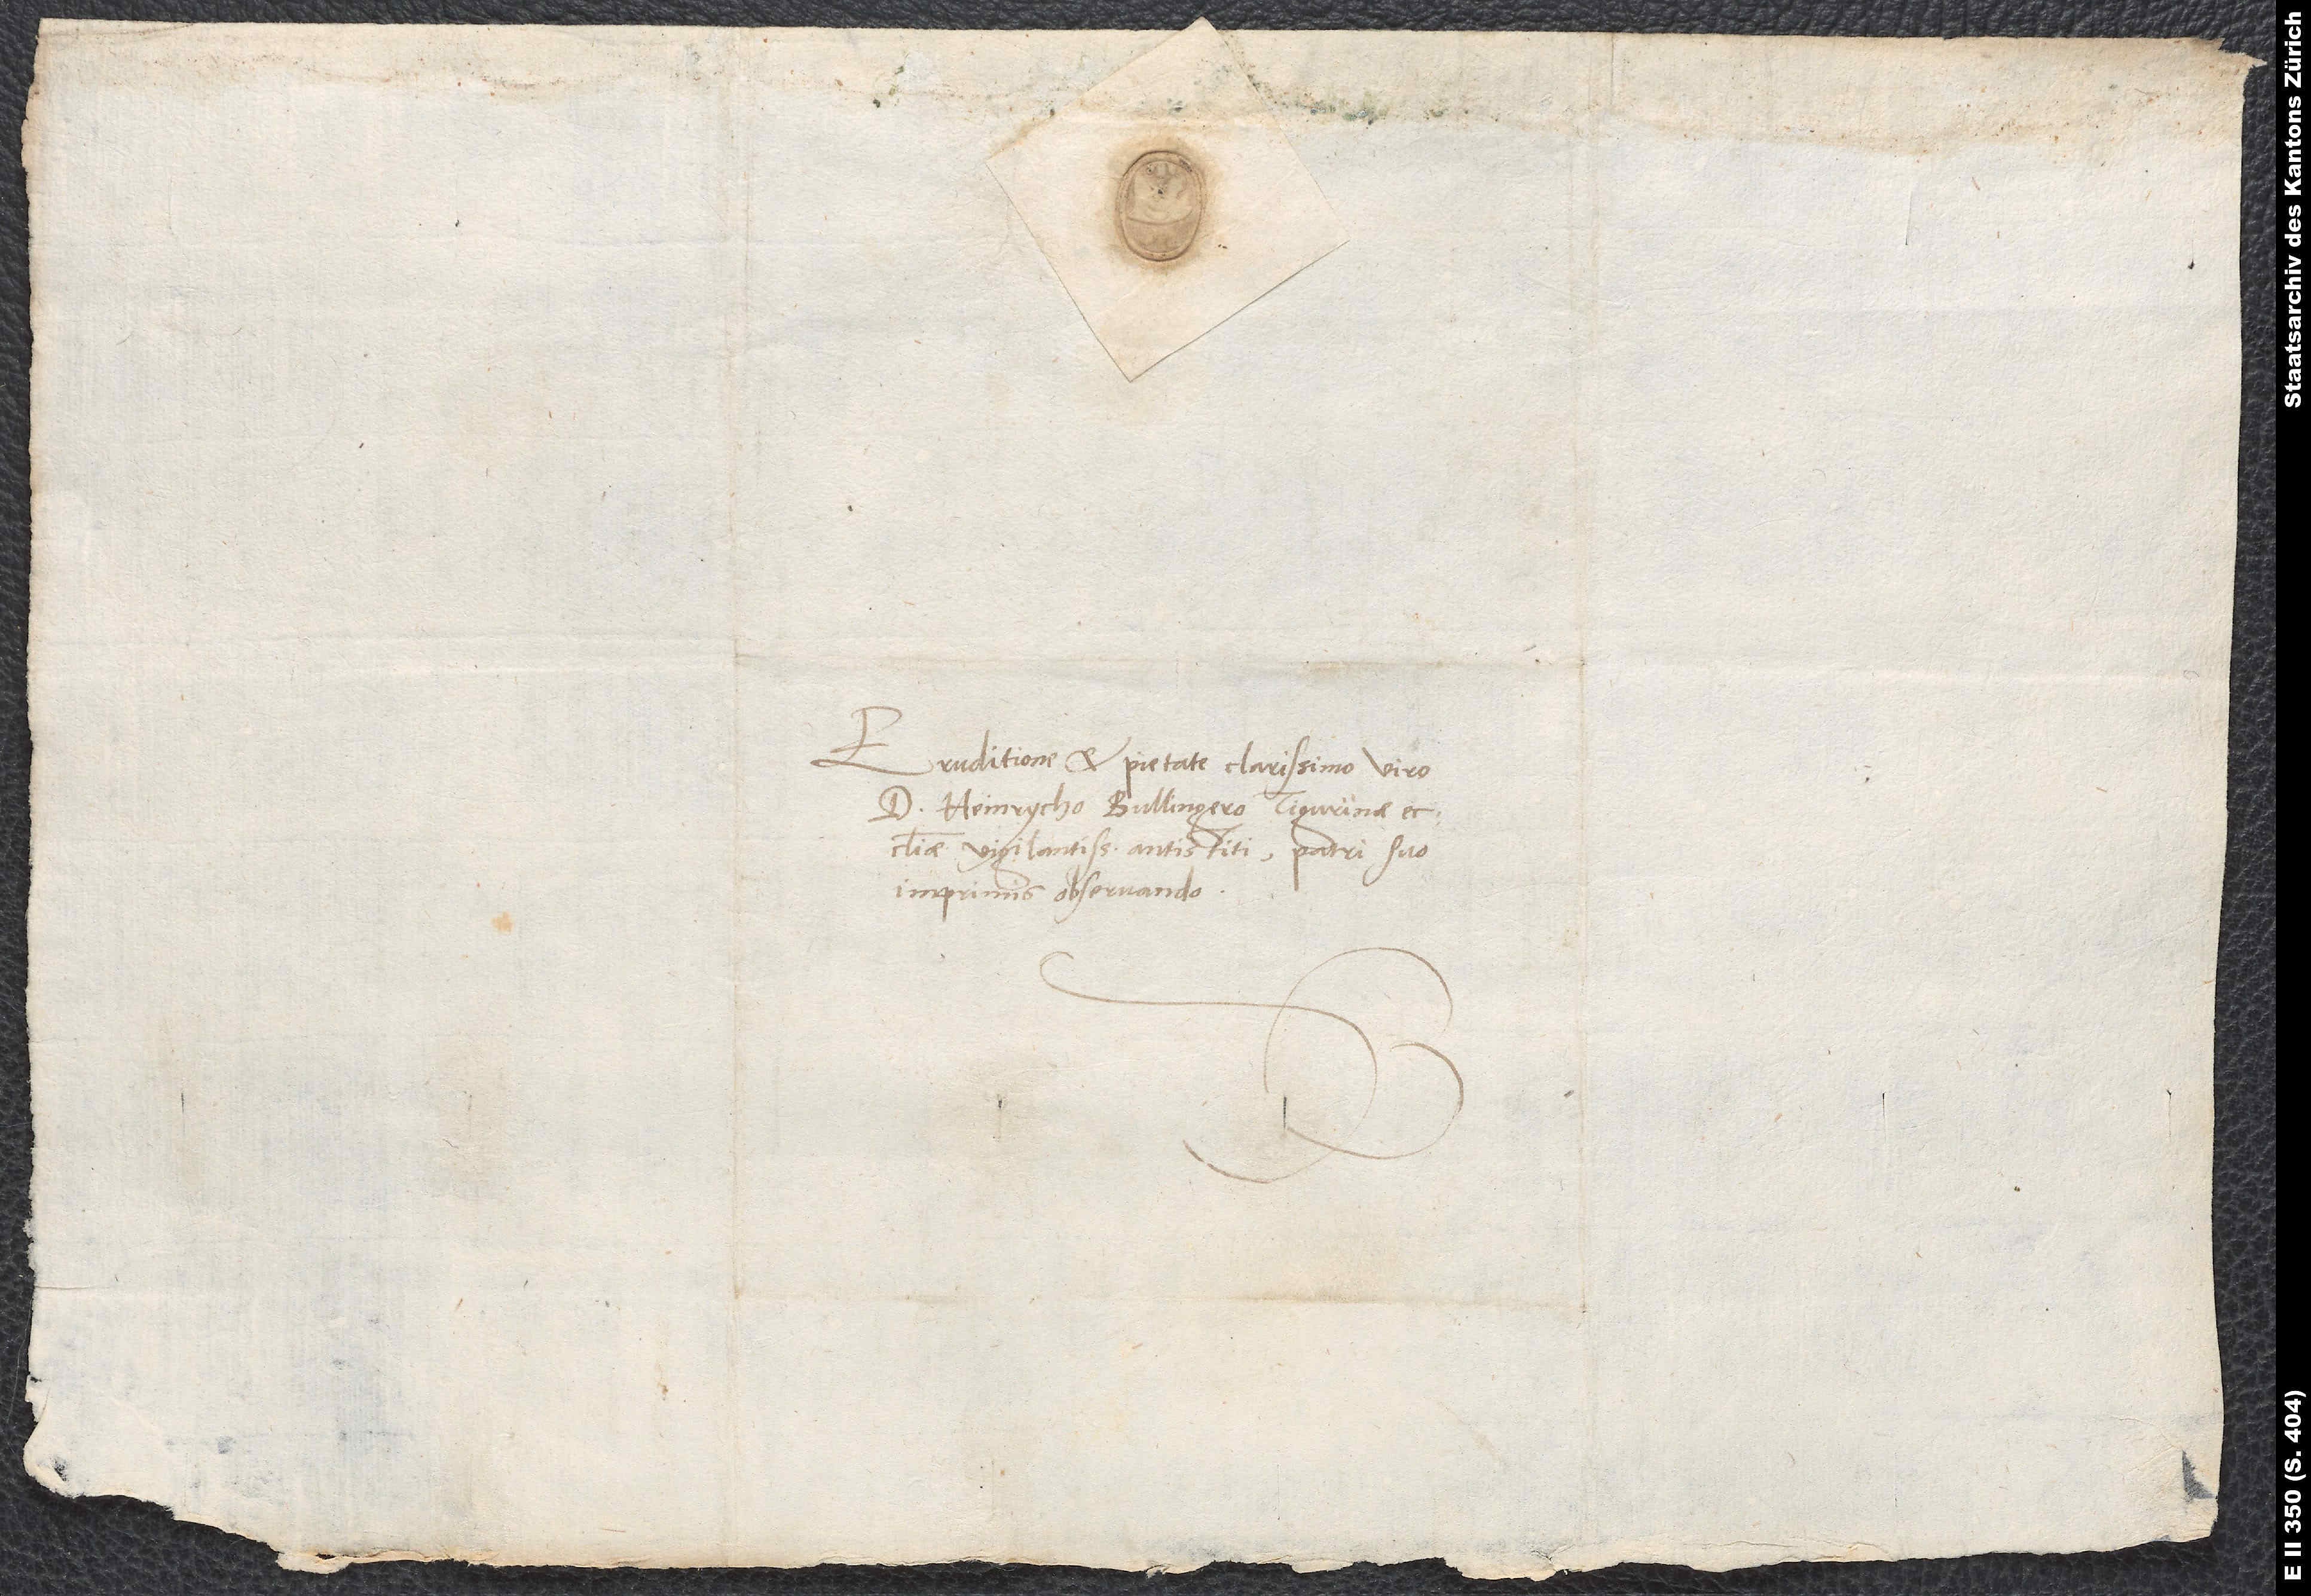
Eruditione et pietate clarissimo viro
d. Heinrycho Bullingero, Tigurinae
ecclesiae vigilantissimo antistiti, patri suo
imprimis observando.